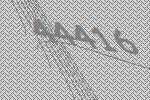
44416